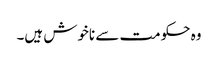
وہ حکومت سے ناخوش ہیں۔